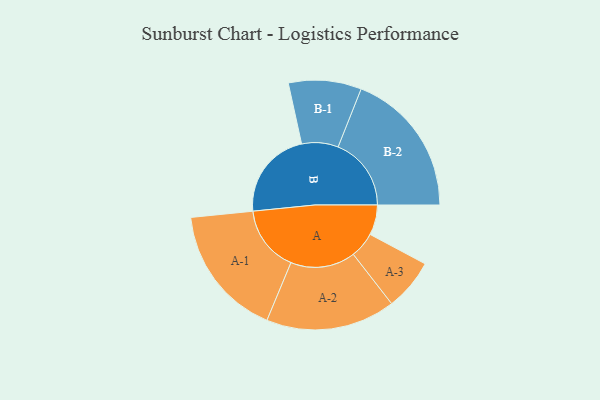
{"axis": {"x": "Segment", "y": "Value"}, "legend": ["", "A", "B"], "data": [{"x": "A", "y": 118, "type": ""}, {"x": "B", "y": 350, "type": ""}, {"x": "A-1", "y": 259, "type": "A"}, {"x": "A-2", "y": 254, "type": "A"}, {"x": "A-3", "y": 101, "type": "A"}, {"x": "B-1", "y": 143, "type": "B"}, {"x": "B-2", "y": 287, "type": "B"}]}